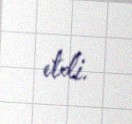
etdi.